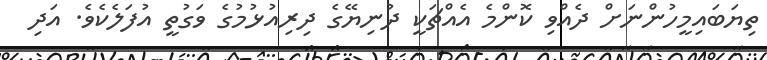
ތިޔަބައިމީހުންނަށް ދެއްވި ކޮންމެ އެއްޗަކީ ދުނިޔޭގެ ދިރިއުޅުމުގެ ވަގުތީ އުފަލެކެވެ. އަދި